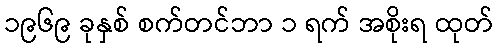
၁၉၆၉ ခုနှစ် စက်တင်ဘာ ၁ ရက် အစိုးရ ထုတ်